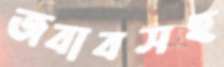
জবাবসহ